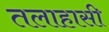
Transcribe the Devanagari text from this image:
तलाहासी